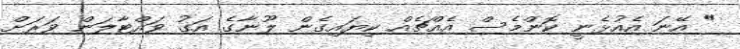
" އޭނަ އެއުޅެނީ ކޮންމެސް އެއްޗެއް ކިޔައިގެން ލޫނާގެ އަގު ވައްޓާލަން ވަރަށް